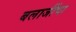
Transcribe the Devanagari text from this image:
बलाजींचा